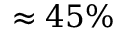
\approx 4 5 \%